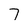
Character: 7